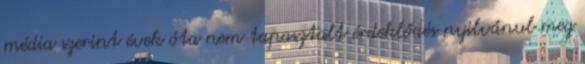
média szerint évek óta nem tapasztalt érdeklődés nyilvánul meg